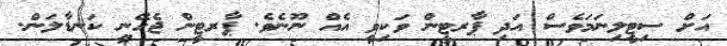
އަށް ސިޓީލިނަމަވެސް އަދި ޕާރޓީން ވަކިވީ އެއް ނޫނެވެ. ޕާރޓީން ޖެހޭނީ ކަނޑާލަން.